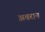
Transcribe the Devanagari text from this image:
अवरान